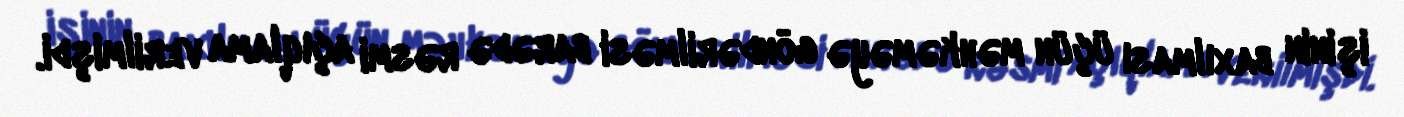
işinin baxılması üçün məhkəməyə göndərilməsi barədə rəsmi açıqlama verilmişdi.